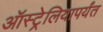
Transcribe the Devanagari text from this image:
ऑस्ट्रेलियापर्यंत